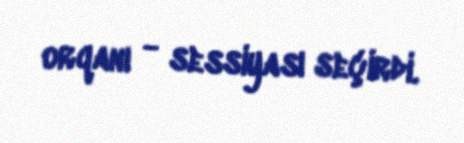
orqanı - sessiyası seçirdi.